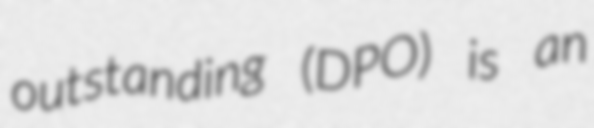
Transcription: outstanding (DPO) is an